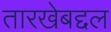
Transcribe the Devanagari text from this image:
तारखेबद्दल